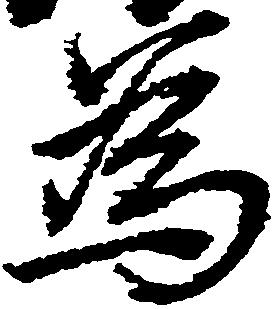
為